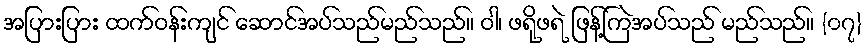
အပြားပြား ထက်ဝန်းကျင် ဆောင်အပ်သည်မည်သည်။ ဝါ၊ ဖရိုဖရဲ ဖြန့်ကြဲအပ်သည် မည်သည်။ {၀၇}